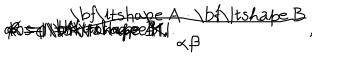
\alpha = | \mathrm { \bf \ i t s h a p e ~ A } | , \hspace { 3 m m } \beta = | \mathrm { \bf \ i t s h a p e ~ B } | , \hspace { 3 m m } \cos \varphi = \frac { \mathrm { \bf \ i t s h a p e ~ A } \cdot \mathrm { \bf \ i t s h a p e ~ B } } { \alpha \beta } , \hspace { 3 m m } K = | \mathrm { \bf \ i t s h a p e ~ K } | .